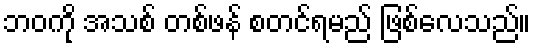
ဘဝကို အသစ် တစ်ဖန် စတင်ရမည် ဖြစ်လေသည်။